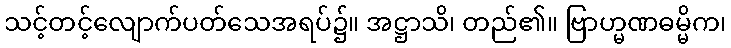
သင့်တင့်လျောက်ပတ်သေအရပ်၌။ အဋ္ဌာသိ၊ တည်၏။ ဗြာဟ္မဏဓမ္မိက၊